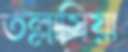
তল্লাসিয়া